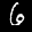
Label: 6